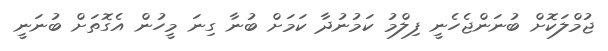
ޖުމްލަކޮށް ބުނަންޖެހެނީ ފިލްމު ކަމުނުދާ ކަމަށް ބުނާ ގިނަ މީހުން އެގޮތަށް ބުނަނީ